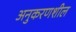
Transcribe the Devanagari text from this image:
अनुकरणशील